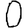
Digit: 0